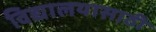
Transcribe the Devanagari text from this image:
विद्यालयासाठी